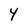
Character: Y